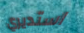
استديري